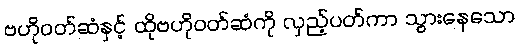
ဗဟိုဝတ်ဆံနှင့် ထိုဗဟိုဝတ်ဆံကို လှည့်ပတ်ကာ သွားနေသော